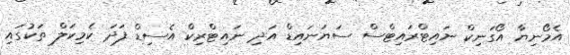
އެމޯނިޔާ އޯގަނިކް ނައިޓްރައިޓްސް ސަޔަނައިޑް އަދި ނައިޓްރިކް އެސިޑް ފަދަ ކެމިކަލް ތަކުގައި